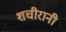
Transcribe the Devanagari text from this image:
शचीरानी